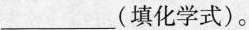
___(填化学式)。